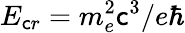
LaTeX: E_{\mathsf{c}r}=m_{e}^{2}\mathsf{c}^{3}/e\hbar